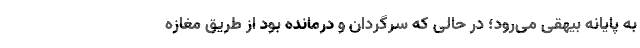
به پایانه بیهقی می‌رود؛ در حالی که سرگردان و درمانده بود از طریق مغازه